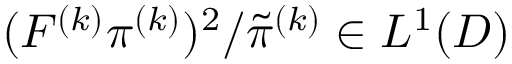
( F ^ { ( k ) } \pi ^ { ( k ) } ) ^ { 2 } / \tilde { \pi } ^ { ( k ) } \in L ^ { 1 } ( D )